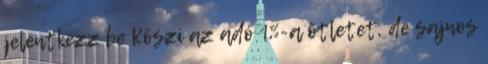
jelentkezz be Köszi az adó 1%-a ötletet, de sajnos